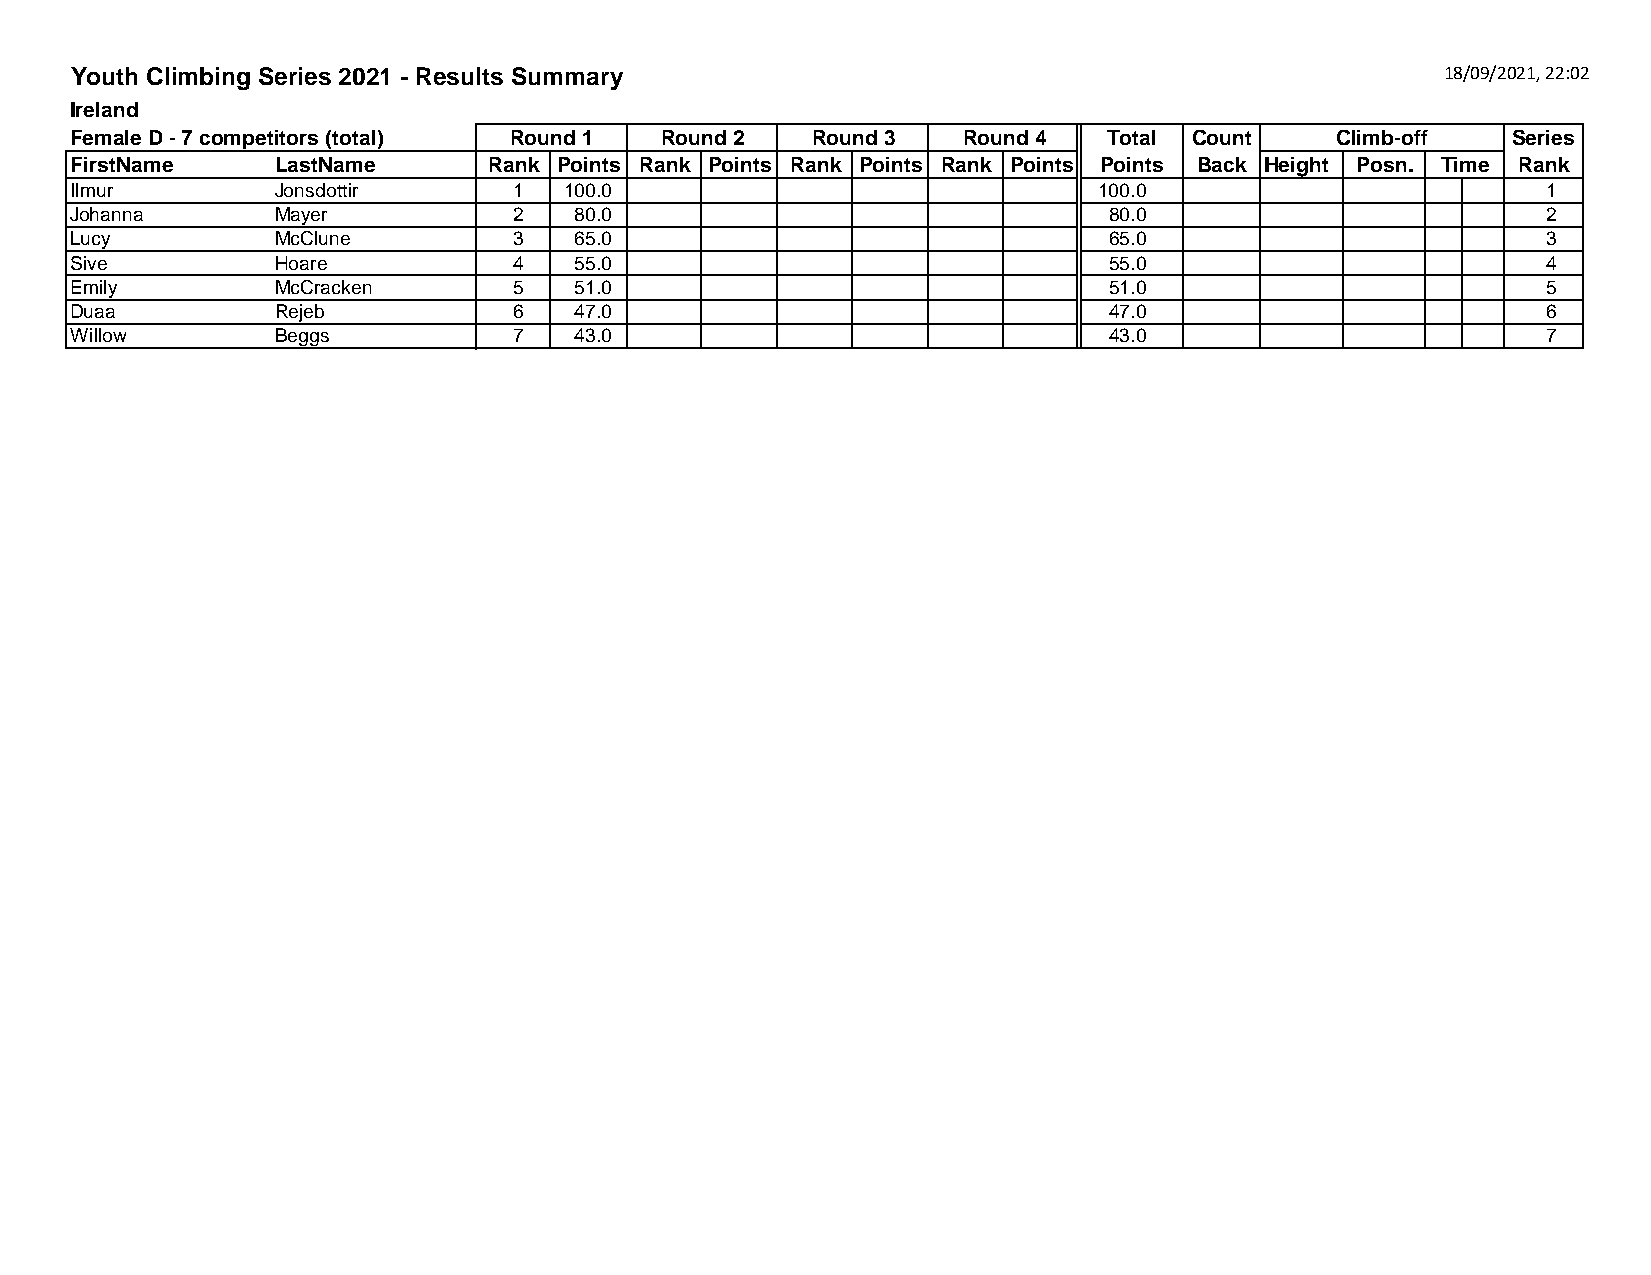
Youth Climbing Series 2021 - Results Summary                                               18/09/2021, 22:02
 Ireland
 Female D - 7 competitors (total) Round 1 Round 2 Round 3   Round 4  Total Count    Climb-off   Series
 First Name   Last Name     Rank Points Rank Points Rank Points Rank Points Points Back Height Posn. Time Rank
 Ilmur        Jonsdottir      1  100.0                               100.0                        1
 Johanna      Mayer           2   80.0                               80.0                         2
 Lucy         McClune         3   65.0                               65.0                         3
 Sive         Hoare           4   55.0                               55.0                         4
 Emily        McCracken       5   51.0                               51.0                         5
 Duaa         Rejeb           6   47.0                               47.0                         6
 Willow       Beggs           7   43.0                               43.0                         7